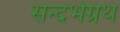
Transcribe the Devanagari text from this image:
सन्दर्भग्रंथ